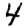
Digit: 4